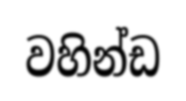
වහින්ඩ